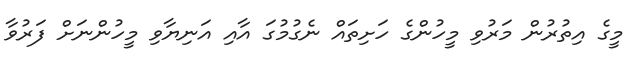
މީގެ އިތުރުން މަރުވި މީހުންގެ ހަށިތައް ނެގުމުގަ އާއި އަނިޔާވި މީހުންނަށް ފަރުވާ